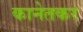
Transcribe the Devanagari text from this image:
कानेतकर